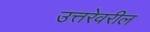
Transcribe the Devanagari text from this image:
उत्तरेवरील